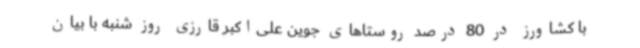
با کشاورز در 80 درصد روستاهای جوین علی‌اکبر قارزی روز شنبه با بیان